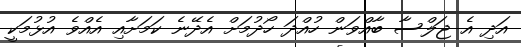
އަދި އެ ޖަލްސާ ބާއްވަން ހުއްދަ ހޯދުމަށް އެދޭނެ ކަމަށާއި އެއްވެ އުޅުމަކީ